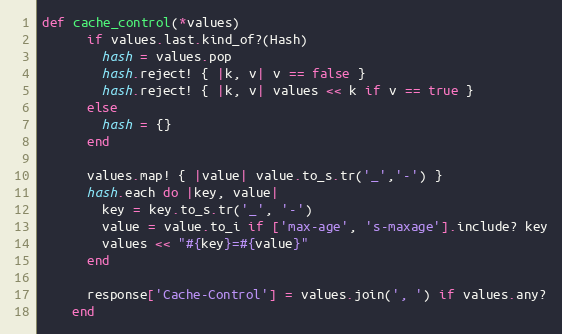
Language: Ruby
def cache_control(*values)
      if values.last.kind_of?(Hash)
        hash = values.pop
        hash.reject! { |k, v| v == false }
        hash.reject! { |k, v| values << k if v == true }
      else
        hash = {}
      end

      values.map! { |value| value.to_s.tr('_','-') }
      hash.each do |key, value|
        key = key.to_s.tr('_', '-')
        value = value.to_i if ['max-age', 's-maxage'].include? key
        values << "#{key}=#{value}"
      end

      response['Cache-Control'] = values.join(', ') if values.any?
    end